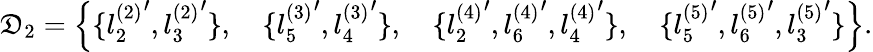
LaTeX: \mathfrak{D}_{2}=\Big\{ \{ {l_{2}^{(2)}}^{\prime},{l_{3}^{(2)}}^{\prime}\} ,\quad\{ {l_{5}^{(3)}}^{\prime},{l_{4}^{(3)}}^{\prime}\} ,\quad\{ {l_{2}^{(4)}}^{\prime},{l_{6}^{(4)}}^{\prime},{l_{4}^{(4)}}^{\prime}\} ,\quad\{ {l_{5}^{(5)}}^{\prime},{l_{6}^{(5)}}^{\prime},{l_{3}^{(5)}}^{\prime}\} \Big\} .